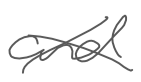
Text: and
Cross-out: cross
Writing tool: digital_gray